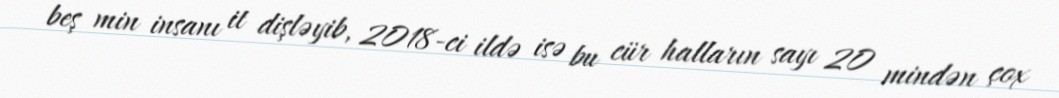
beş min insanı it dişləyib, 2018-ci ildə isə bu cür halların sayı 20 mindən çox